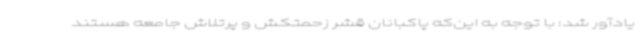
یادآور شد: با توجه به این‌که پاکبانان قشر زحمتکش و پرتلاش جامعه هستند